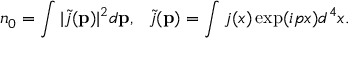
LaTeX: n _ { 0 } = \int | \tilde { j } ( { \bf p } ) | ^ { 2 } d { \bf p } , ~ ~ \tilde { j } ( { \bf p } ) = \int j ( x ) \exp ( i p x ) d ^ { 4 } x .